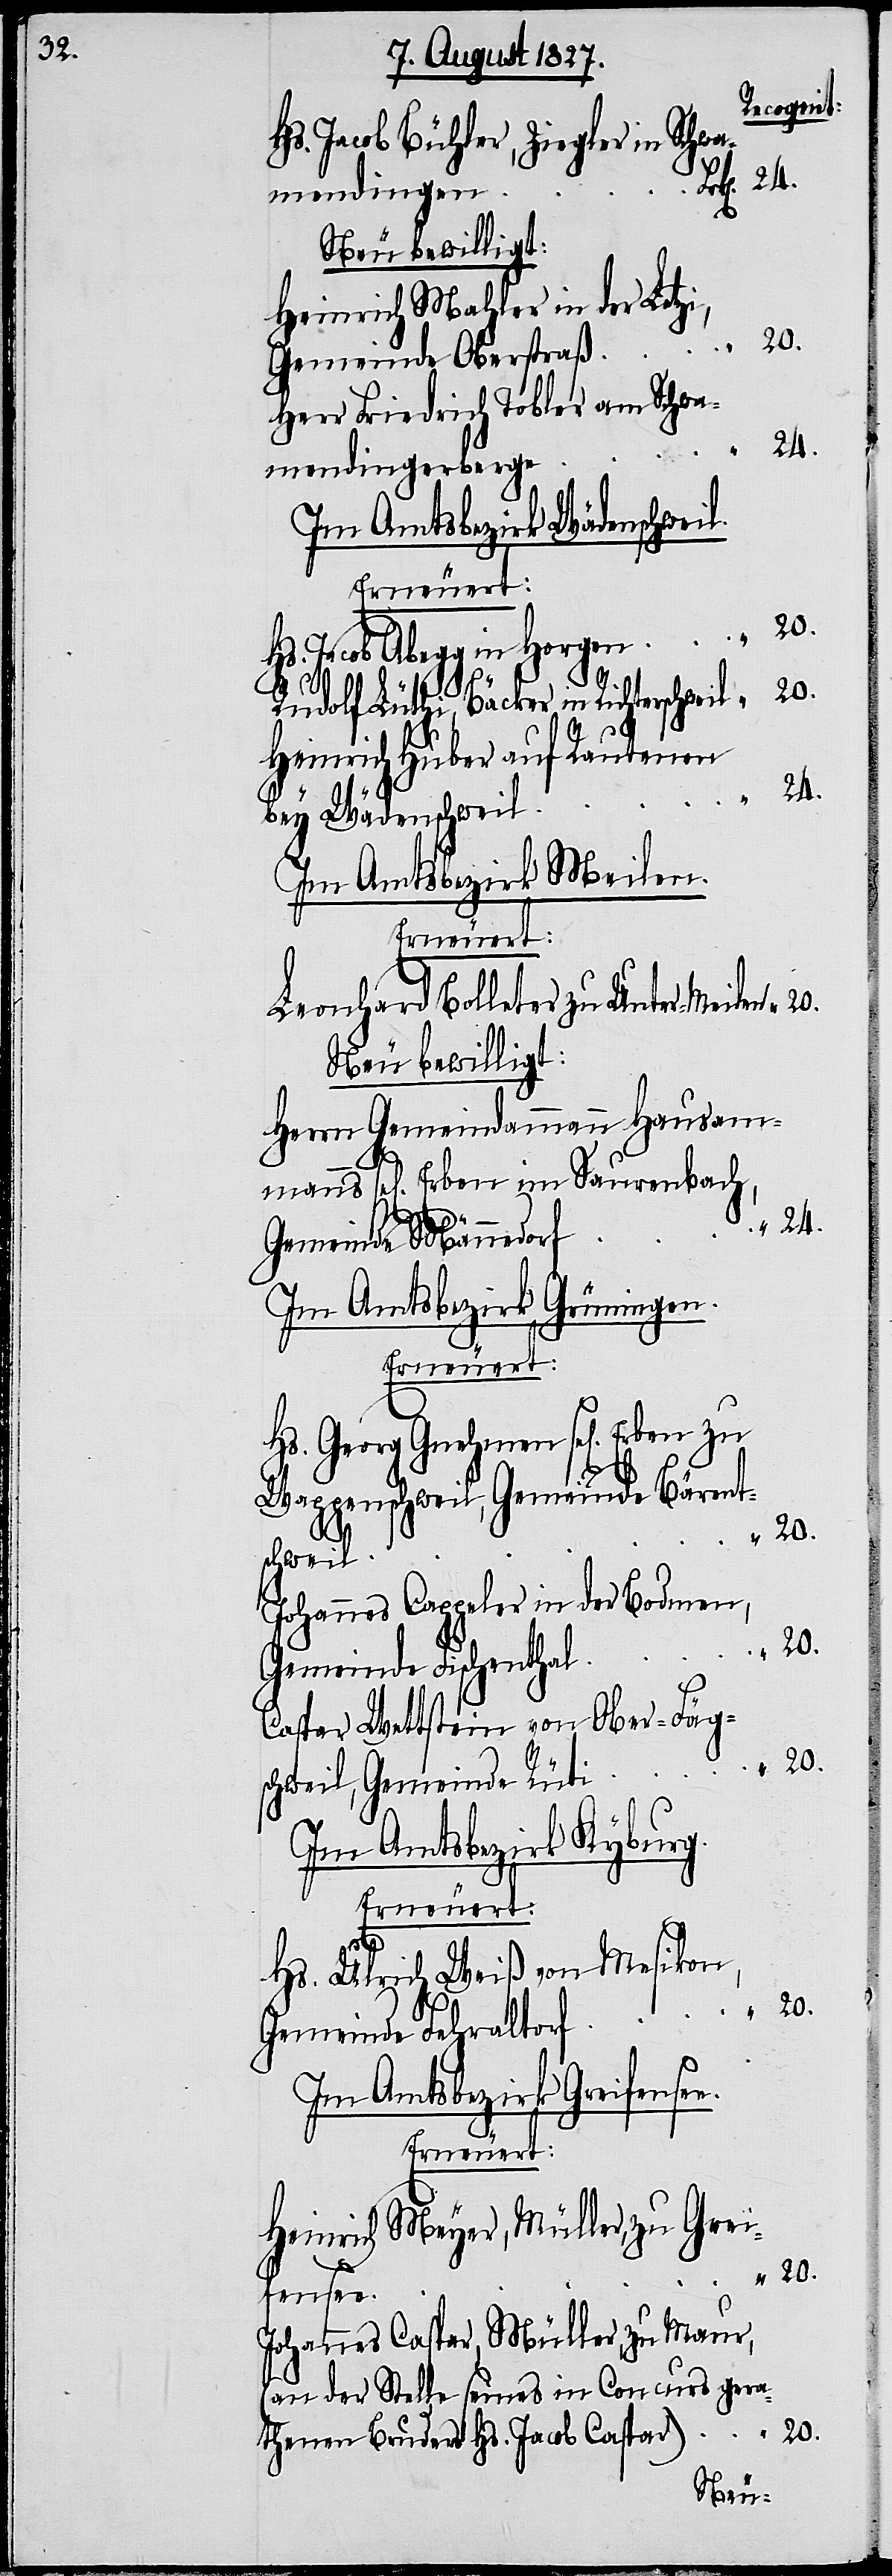
Hs. Jacob Bühler, Ziegler in Schwa¬
mendingen
24.
Neu bewilligt:
Heinrich Mahler in der Letzi,
Gemeinde Oberstraß
Herr Friedrich Tobler am Schwa¬
24.
mendingerberge
Im Amtsbezirk Wädenschweil.
Hs. Jacob Abegg in Horgen
20.
Rudolf Lüthi, Bäcker in Richters¬
Heinrich Huber auf Rautenen
bey Wädenschweil
Im Amtsbezirk Meilen.
Erneuert:
Leonhard Bolleter zu Unter-Meilen
Neu bewilligt:
Herrn Gemeindammann Hausam¬
manns sel[ige] Erben im Saurenbach,
Gemeinde Männedorf
Im Amtsbezirk Grüningen.
Erneuert:
Hs. Georg Gnehmen sel[ige] Erben zu
Wappenschweil, Gemeinde Bärents¬
chweil
Johannes Cappeler in der Bodmen,
Gemeinde Fischenthal
Caspar Wettstein von Ober-Fägs¬
chweil, Gemeinde Rüti
Im Amtsbezirk Kyburg.
Erneuert:
Hs. Ulrich Weiß von Mesikon,
Gemeinde Fehraltorf
Im Amtsbezirk Greifensee.
Heinrich Meyer, Müller, zu Grei¬
fensee
Johannes Caspar, Müller, zu Maur,
(an der Stelle seines in Concurs gera¬
20.
thenen Bruders Hs. Jacob Caspar)